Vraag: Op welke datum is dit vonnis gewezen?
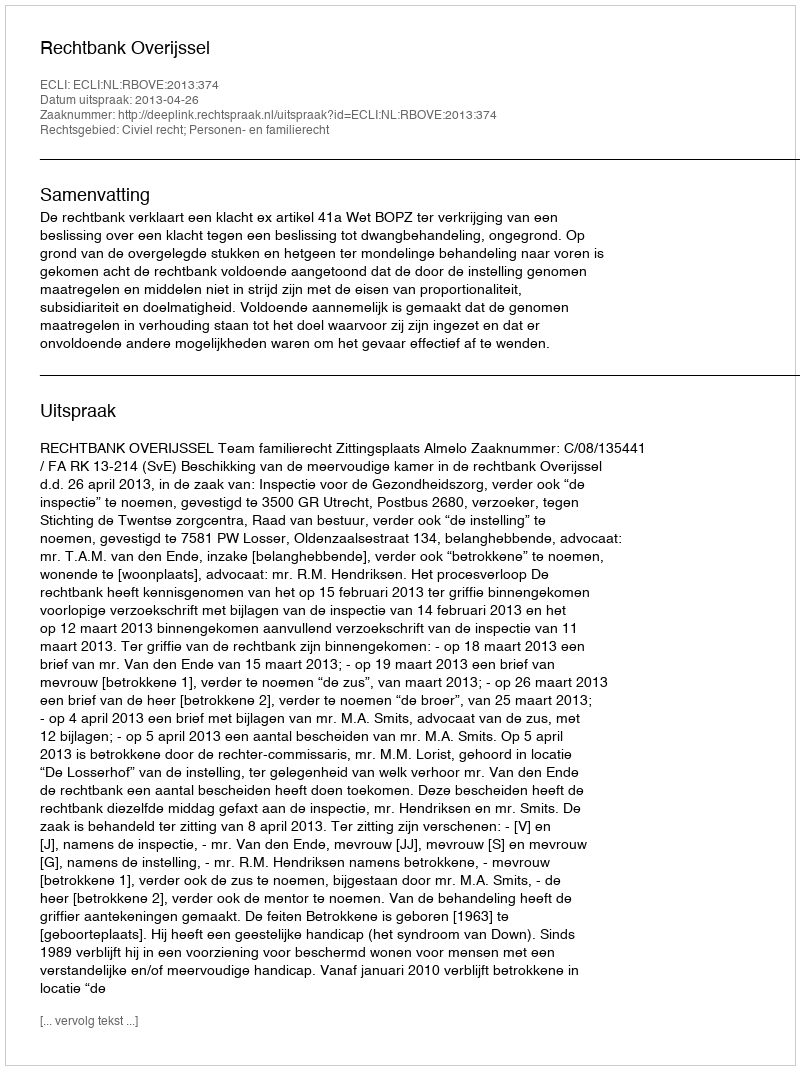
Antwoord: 2013-04-26